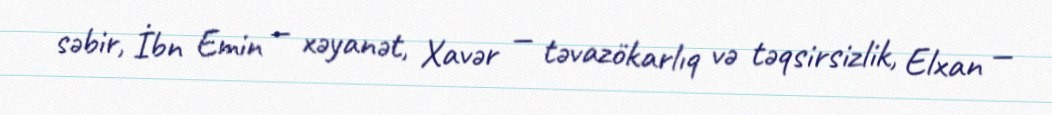
səbir, İbn Emin — xəyanət, Xavər — təvazökarlıq və təqsirsizlik, Elxan —